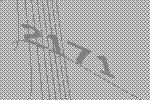
2171